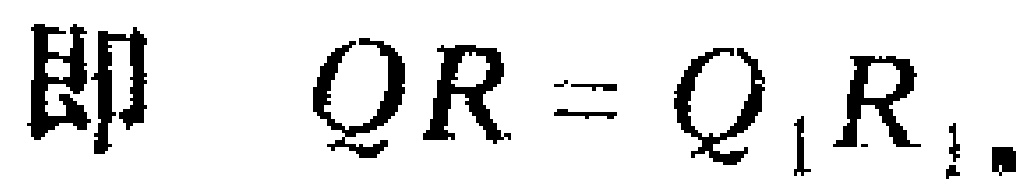
即 \(QR = Q_{1}R_{1}\).